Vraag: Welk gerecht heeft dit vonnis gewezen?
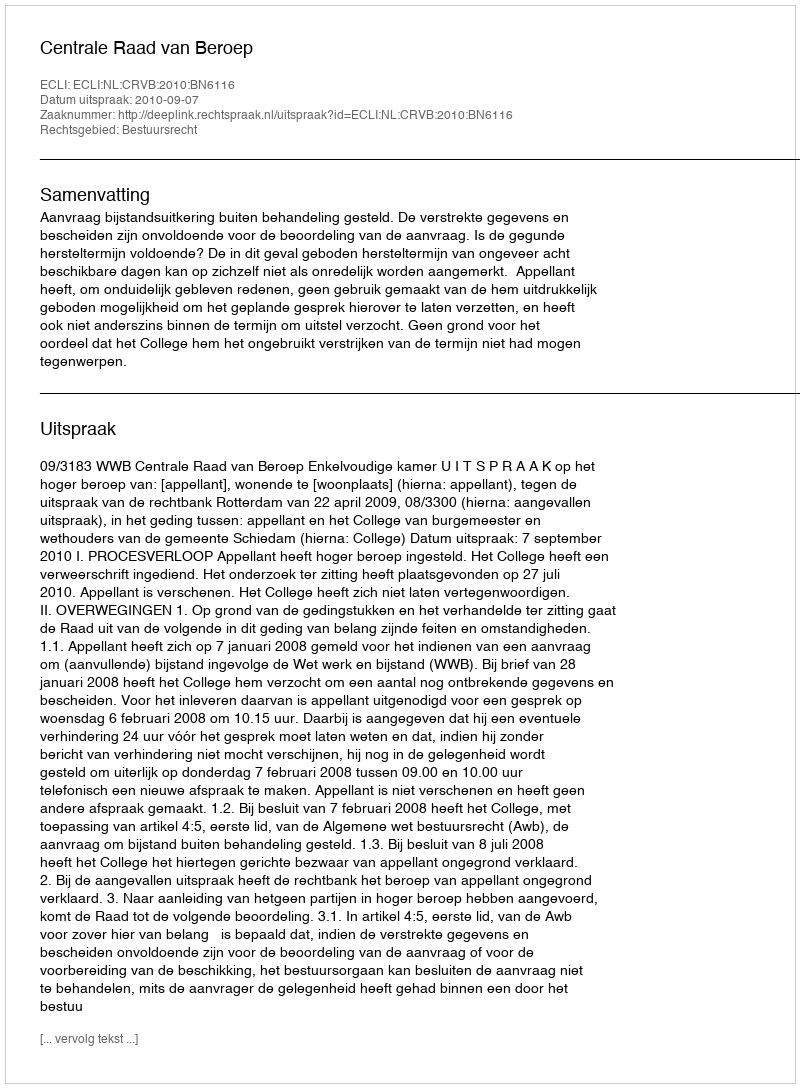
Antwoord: Centrale Raad van Beroep